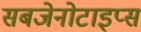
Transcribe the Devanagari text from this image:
सबजेनोटाइप्स